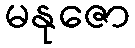
မနုဇော